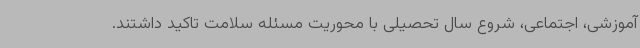
آموزشی، اجتماعی، شروع سال تحصیلی با محوریت مسئله سلامت تاکید داشتند.